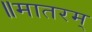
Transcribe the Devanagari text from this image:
॥मातरम्